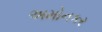
અમોનકર